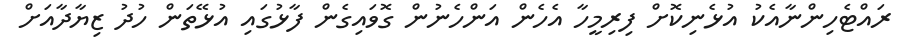
ރައްޓެހިންނާއެކު އުޅެނިކޮށް ފިރިމީހާ އެހެން އަންހެނުން ގޮވައިގެން ފާޅުގައި އުޅޭތަން ހުދު ޒިޔާދާއަށް